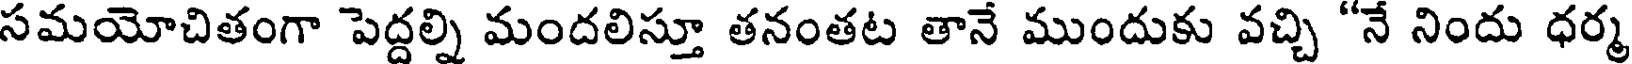
సమయోచితంగా పెద్దల్ని మందలిస్తూ తనంతట తానే ముందుకు వచ్చి "నే నిందు ధర్మ